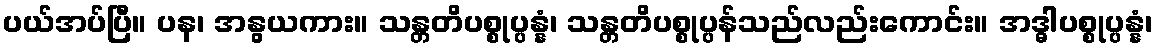
ပယ်အပ်ပြီ။ ပန၊ အနွယကား။ သန္တတိပစ္စုပ္ပန္နံ၊ သန္တတိပစ္စုပ္ပန်သည်လည်းကောင်း။ အဒ္ဓါပစ္စုပ္ပန္နံ၊